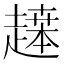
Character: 𬦙